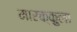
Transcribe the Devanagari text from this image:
मारक्कुला